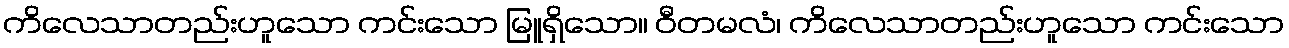
ကိလေသာတည်းဟူသော ကင်းသော မြူရှိသော။ ဝီတမလံ၊ ကိလေသာတည်းဟူသော ကင်းသော